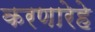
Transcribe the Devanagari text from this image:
करणारेहे